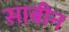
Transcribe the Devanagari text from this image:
साबीन